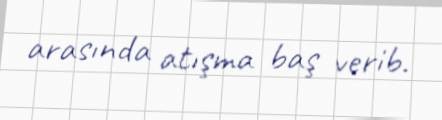
arasında atışma baş verib.